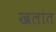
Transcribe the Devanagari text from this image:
खलांत